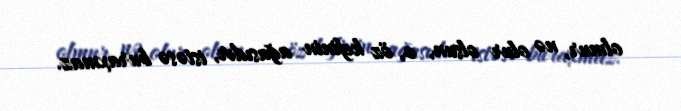
olmur, nə olur olsun, o, öz kefinin ağasıdır, istəsə buraxmaz.